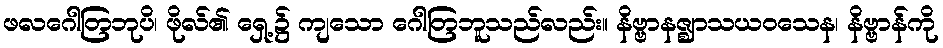
ဖလဂေါတြဘုပိ၊ ဖိုလ်၏ ရှေ့၌ ကျသော ဂေါတြဘူသည်လည်း။ နိဗ္ဗာနဇ္ဈာသယဝသေန၊ နိဗ္ဗာန်ကို